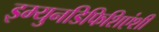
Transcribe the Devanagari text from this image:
इम्युनडिफिशिएंशी